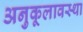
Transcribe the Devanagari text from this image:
अनुकूलावस्था